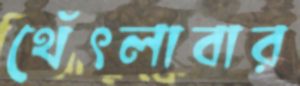
থেঁৎলাবার